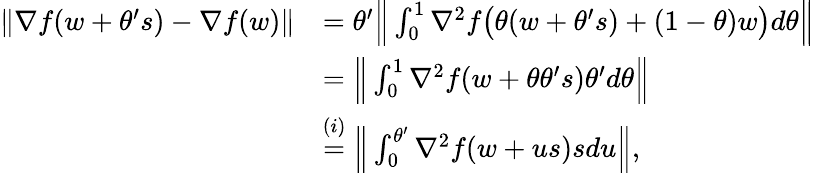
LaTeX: \begin{array}{rl}{\| \nabla f(w+\theta^{\prime}s)-\nabla f(w)\| }&{=\theta^{\prime}\Big\| \int_{0}^{1}\nabla^{2}f\big(\theta(w+\theta^{\prime}s)+(1-\theta)w\big)d\theta\Big\| }\\ &{=\Big\| \int_{0}^{1}\nabla^{2}f(w+\theta\theta^{\prime}s)\theta^{\prime}d\theta\Big\| }\\ &{\overset{(i)}{=}\Big\| \int_{0}^{\theta^{\prime}}\nabla^{2}f(w+us)sdu\Big\| ,}\end{array}